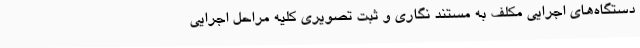
دستگاه‌های اجرایی مکلف به مستند نگاری و ثبت تصویری کلیه مراحل اجرایی